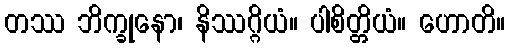
တဿ ဘိက္ခုနော၊ နိဿဂ္ဂိယံ။ ပါစိတ္တိယံ။ ဟောတိ။